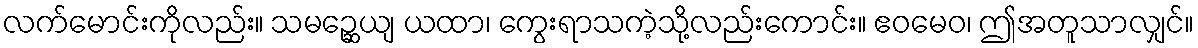
လက်မောင်းကိုလည်း။ သမဉ္ဆေယျ ယထာ၊ ကွေးရာသကဲ့သို့လည်းကောင်း။ ဧဝမေဝ၊ ဤအတူသာလျှင်။